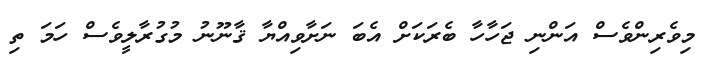
މިވެރިންވެސް އަންނި ޖަހާހާ ބެރަކަށް އެބަ ނަށާވިއްޔާ ޤާނޫނު މުގުރާލީވެސް ހަމަ ތި